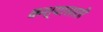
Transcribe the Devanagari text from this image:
कश्यासाठी